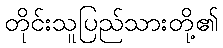
တိုင်းသူပြည်သားတို့၏